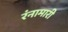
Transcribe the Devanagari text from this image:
रंनामारी